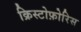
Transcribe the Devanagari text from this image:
क्रिस्टोफ़ोरिस